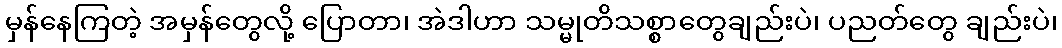
မှန်နေကြတဲ့ အမှန်တွေလို့ ပြောတာ၊ အဲဒါဟာ သမ္မုတိသစ္စာတွေချည်းပဲ၊ ပညတ်တွေ ချည်းပဲ၊